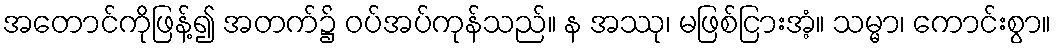
အတောင်ကိုဖြန့်၍ အတက်၌ ဝပ်အပ်ကုန်သည်။ န အဿု၊ မဖြစ်ငြားအံ့။ သမ္မာ၊ ကောင်းစွာ။